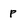
Character: p